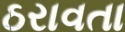
ઠરાવતા